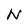
Character: N